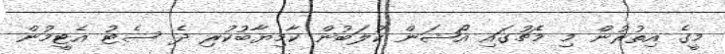
މީގެ އިތުރުން މި މެޗުގައި އޯޝަން ކުލަބުން ކާމިޔާބުކުރި ދެ ސެޓު އެޓީމުން